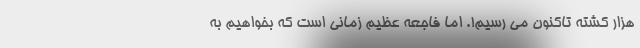
هزار کشته تاکنون می رسیم!. اما فاجعه عظیم زمانی است که بخواهیم به